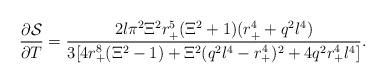
LaTeX: \begin{align*}\frac{\partial \mathcal{S}}{\partial T}=\frac{2l\pi ^2\Xi ^2r_{+}^5(\Xi^2+1)(r_{+}^4+q^2l^4)}{3[4r_{+}^8(\Xi ^2-1)+\Xi^2(q^2l^4-r_{+}^4)^2+4q^2r_{+}^4l^4]}. \end{align*}